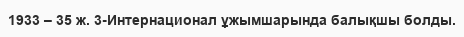
1933 – 35 ж. 3-Интернационал ұжымшарында балықшы болды.